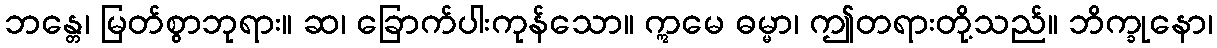
ဘန္တေ၊ မြတ်စွာဘုရား။ ဆ၊ ခြောက်ပါးကုန်သော။ ဣမေ ဓမ္မာ၊ ဤတရားတို့သည်။ ဘိက္ခုနော၊